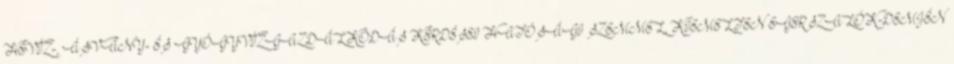
HÉVÍZ-, ÁSVÁNY- ÉS GYÓGYVÍZGAZDÁLKODÁS KÉRDÉSEI HATÓSÁGI SZEMMEL, KIEMELTEN EGERSZALÓK-DEMJÉN